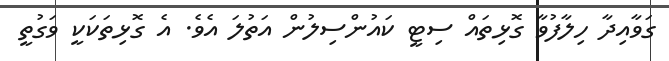
ގަވާއިދާ ހިލާފުވާ ގޮޅިތައް ސިޓީ ކައުންސިލުން އަތުލަ އެވެ. އެ ގޮޅިތަކަކީ ވަގުތީ